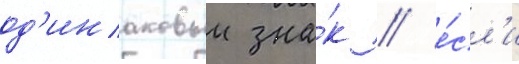
од'инаковыи зна́к / е́сл'и